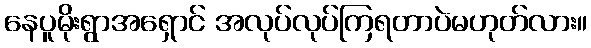
နေပူမိုးရွာအရှောင် အလုပ်လုပ်ကြရတာပဲမဟုတ်လား။